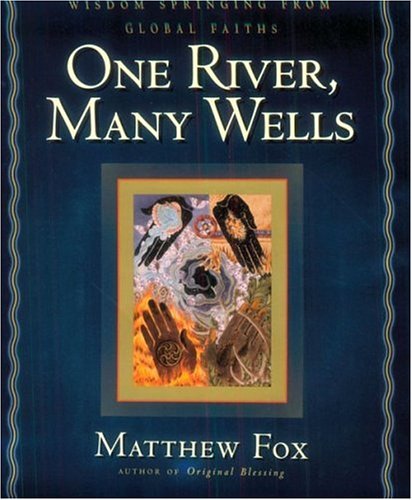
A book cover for One River, Many Wells: Wisdom Springing from Global Faiths; Matthew Fox; Christian Books & Bibles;